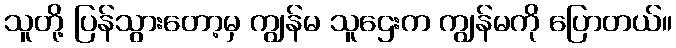
သူတို့ ပြန်သွားတော့မှ ကျွန်မ သူဌေးက ကျွန်မကို ပြောတယ်။